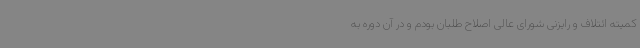
کمیته ائتلاف و رایزنی شورای عالی اصلاح طلبان بودم و در آن دوره به